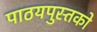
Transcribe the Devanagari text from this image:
पाठयपुस्तको